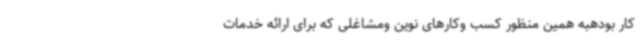
کار بودهبه همین منظور کسب وکارهای نوین ومشاغلی که برای ارائه خدمات